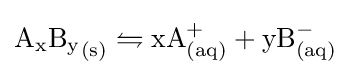
{\textstyle \mathrm {{A_{x}}{B_{y}}_{(s)}} \leftrightharpoons \mathrm {xA_{(aq)}^{+}} +\mathrm {yB_{(aq)}^{-}} }